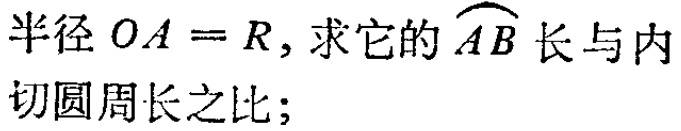
半径 \(OA = R\)，求它的\(\overset{\frown}{AB}\)长与内切圆周长之比；